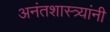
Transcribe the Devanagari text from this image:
अनंतशास्त्र्यांनी